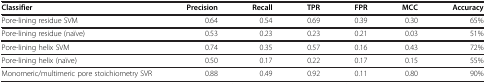
<table><thead><tr><td><b>Classifier</b></td><td><b>Precision</b></td><td><b>Recall</b></td><td><b>TPR</b></td><td><b>FPR</b></td><td><b>MCC</b></td><td><b>Accuracy</b></td></tr></thead><tbody><tr><td>Pore-lining residue SVM</td><td>0.64</td><td>0.54</td><td>0.69</td><td>0.39</td><td>0.30</td><td>65%</td></tr><tr><td>Pore-lining residue (naïve)</td><td>0.53</td><td>0.23</td><td>0.23</td><td>0.21</td><td>0.03</td><td>51%</td></tr><tr><td>Pore-lining helix SVM</td><td>0.74</td><td>0.35</td><td>0.57</td><td>0.16</td><td>0.43</td><td>72%</td></tr><tr><td>Pore-lining helix (naïve)</td><td>0.50</td><td>0.17</td><td>0.22</td><td>0.17</td><td>0.15</td><td>55%</td></tr><tr><td>Monomeric/multimeric pore stoichiometry SVR</td><td>0.88</td><td>0.49</td><td>0.92</td><td>0.11</td><td>0.80</td><td>90%</td></tr></tbody></table>